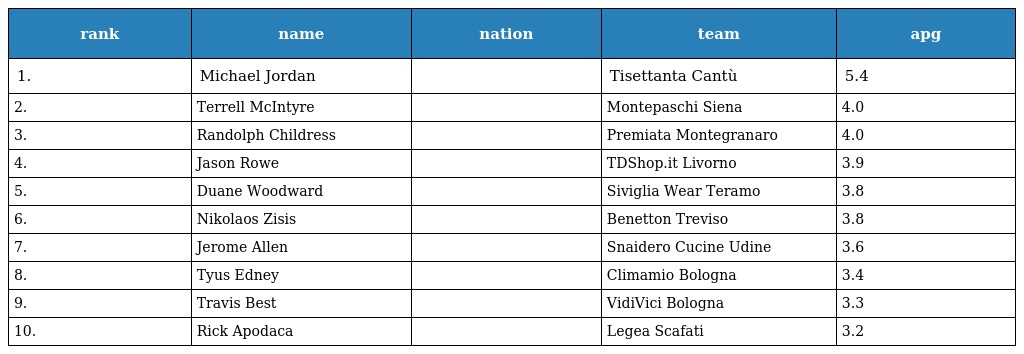
| rank | name | nation | team | apg |
 | --- | --- | --- | --- | --- |
 | 1. | Michael Jordan |  | Tisettanta Cantù | 5.4 |
 | 2. | Terrell McIntyre |  | Montepaschi Siena | 4.0 |
 | 3. | Randolph Childress |  | Premiata Montegranaro | 4.0 |
 | 4. | Jason Rowe |  | TDShop.it Livorno | 3.9 |
 | 5. | Duane Woodward |  | Siviglia Wear Teramo | 3.8 |
 | 6. | Nikolaos Zisis |  | Benetton Treviso | 3.8 |
 | 7. | Jerome Allen |  | Snaidero Cucine Udine | 3.6 |
 | 8. | Tyus Edney |  | Climamio Bologna | 3.4 |
 | 9. | Travis Best |  | VidiVici Bologna | 3.3 |
 | 10. | Rick Apodaca |  | Legea Scafati | 3.2 |